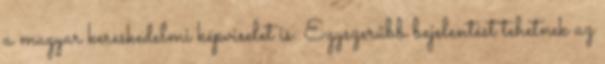
a magyar kereskedelmi képviselet is. Egyszerűbb bejelentést tehetnek az